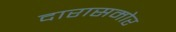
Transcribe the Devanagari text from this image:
दारासमोर